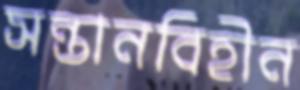
সন্তানবিহীন